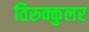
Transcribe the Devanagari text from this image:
तिरुक्कुलर